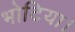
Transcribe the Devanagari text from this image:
भोटिया।